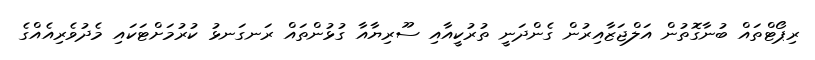
ރިޕޯޓްތައް ބުނާގޮތުން އަލްޖަޒާއިރުން ގެންދަނީ ތުރުކީއާއި ސޫރިޔާއާ ގުޅުންތައް ރަނގަނޅު ކުރުމަށްޓަކައި މެދުވެރިއެއްގެ